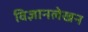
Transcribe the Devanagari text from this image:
विज्ञानलेखन